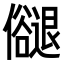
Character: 𠑉